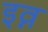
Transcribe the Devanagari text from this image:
इव्न